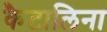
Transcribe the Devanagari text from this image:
कैटालिना